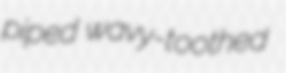
piped wavy-toothed